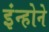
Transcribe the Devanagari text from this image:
इंन्होने